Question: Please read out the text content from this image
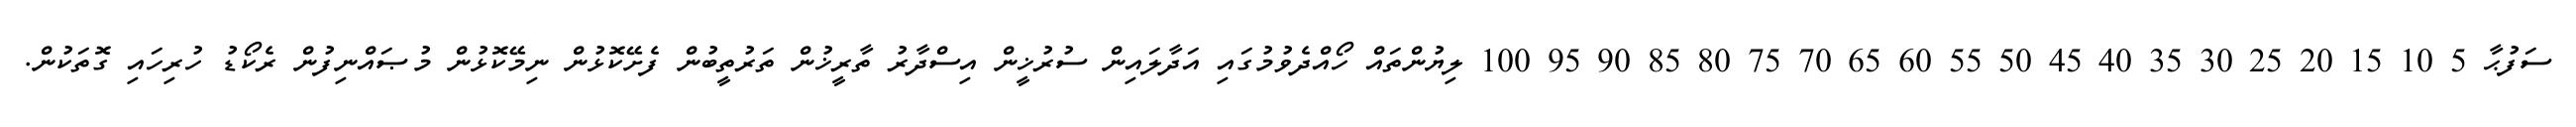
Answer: ސަފުޙާ 5 10 15 20 25 30 35 40 45 50 55 60 65 70 75 80 85 90 95 100 ލިޔުންތައް ހޯއްދެވުމުގައި އަދާލައިން ސުރުޚީން އިސްދާރު ތާރީޚުން ތަރުތީބުން ފެށޭކޮޅުން ނިމޭކޮޅުން މުޞައްނިފުން ރެކޯޑު ހުރިހައި ގޮތަކުން.